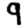
Digit: 9